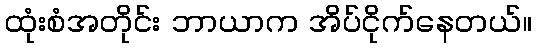
ထုံးစံအတိုင်း ဘာယာက အိပ်ငိုက်နေတယ်။